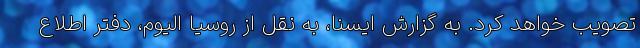
تصویب خواهد کرد. به گزارش ایسنا، به نقل از روسیا الیوم، دفتر اطلاع